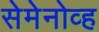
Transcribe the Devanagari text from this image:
सेमेनोव्ह